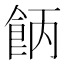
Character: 𩛄